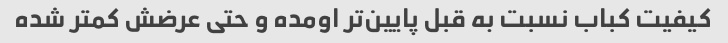
کیفیت کباب نسبت به قبل پایین‌تر اومده و حتی عرضش کمتر شده